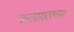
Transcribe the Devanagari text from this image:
मनासारख्या